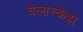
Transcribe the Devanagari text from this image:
वेलास्केझ